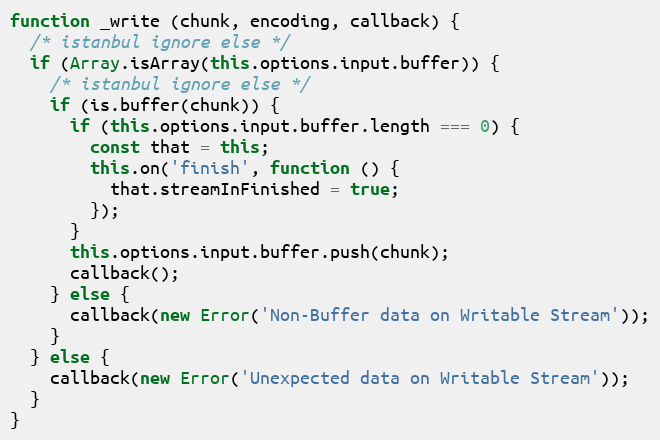
Language: JavaScript
function _write (chunk, encoding, callback) {
  /* istanbul ignore else */
  if (Array.isArray(this.options.input.buffer)) {
    /* istanbul ignore else */
    if (is.buffer(chunk)) {
      if (this.options.input.buffer.length === 0) {
        const that = this;
        this.on('finish', function () {
          that.streamInFinished = true;
        });
      }
      this.options.input.buffer.push(chunk);
      callback();
    } else {
      callback(new Error('Non-Buffer data on Writable Stream'));
    }
  } else {
    callback(new Error('Unexpected data on Writable Stream'));
  }
}